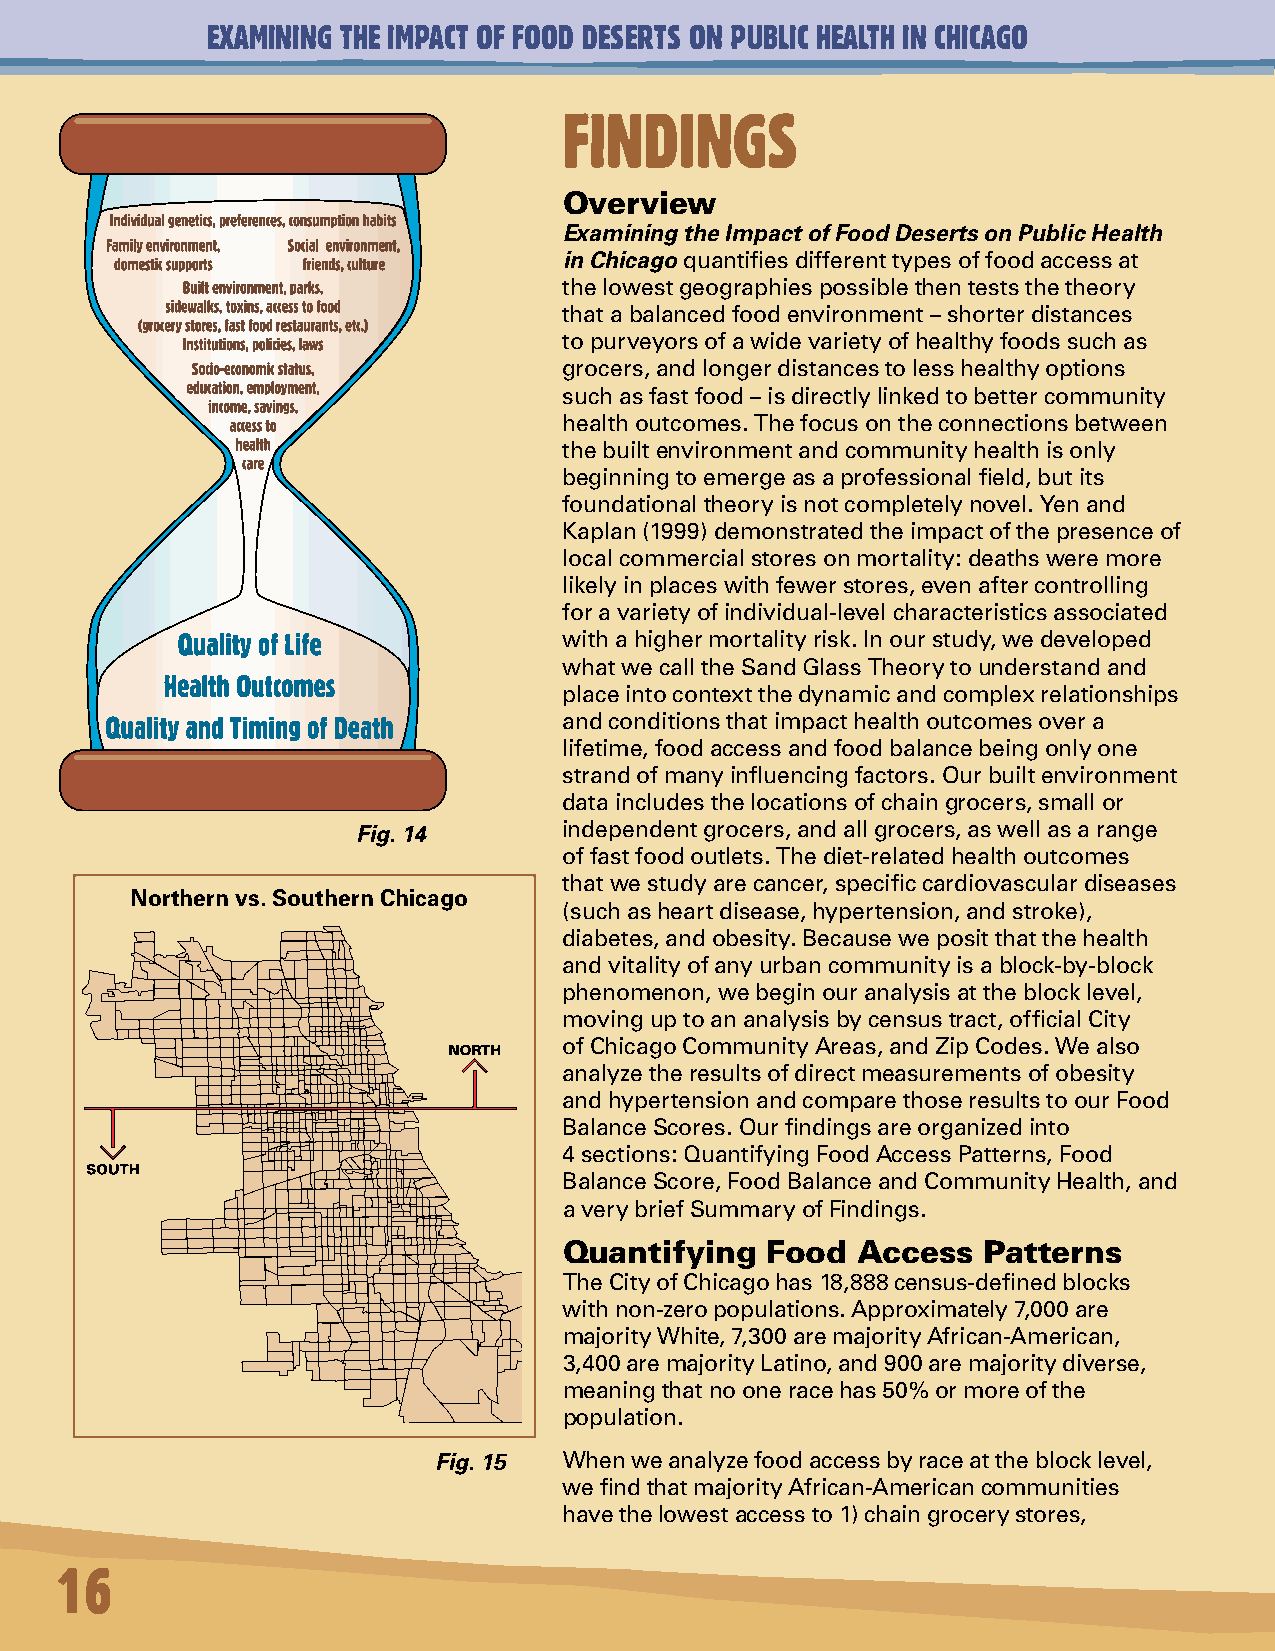
EXAMINING THE IMPACT OF FOOD DESERTS ON PUBLIC HEALTH IN CHICAGO
 FINDINGS
 Overview
 Examining the Impact of Food Deserts on Public Health
 in Chicago quantifies different types of food access at
 the lowest geographies possible then tests the theory
 that a balanced food environment – shorter distances
 to purveyors of a wide variety of healthy foods such as
 grocers, and longer distances to less healthy options
 such as fast food – is directly linked to better community
 health outcomes. The focus on the connections between
 the built environment and community health is only
 beginning to emerge as a professional field, but its
 foundational theory is not completely novel. Yen and
 Kaplan (1999) demonstrated the impact of the presence of
 local commercial stores on mortality: deaths were more
 likely in places with fewer stores, even after controlling
 for a variety of individual-level characteristics associated
 with a higher mortality risk. In our study, we developed
 what we call the Sand Glass Theory to understand and
 place into context the dynamic and complex relationships
 and conditions that impact health outcomes over a
 lifetime, food access and food balance being only one
 strand of many influencing factors. Our built environment
 data includes the locations of chain grocers, small or
 Fig. 14      independent grocers, and all grocers, as well as a range
 of fast food outlets. The diet-related health outcomes
 that we study are cancer, specific cardiovascular diseases
 Northern vs. Southern Chicago
 (such as heart disease, hypertension, and stroke),
 diabetes, and obesity. Because we posit that the health
 and vitality of any urban community is a block-by-block
 phenomenon, we begin our analysis at the block level,
 moving up to an analysis by census tract, official City
 of Chicago Community Areas, and Zip Codes. We also
 analyze the results of direct measurements of obesity
 and hypertension and compare those results to our Food
 Balance Scores. Our findings are organized into
 4 sections: Quantifying Food Access Patterns, Food
 Balance Score, Food Balance and Community Health, and
 a very brief Summary of Findings.
 Quantifying   Food  Access  Patterns
 The City of Chicago has 18,888 census-defined blocks
 with non-zero populations. Approximately 7,000 are
 majority White, 7,300 are majority African-American,
 3,400 are majority Latino, and 900 are majority diverse,
 meaning that no one race has 50% or more of the
 population.
 Fig. 15 When we analyze food access by race at the block level,
 we find that majority African-American communities
 have the lowest access to 1) chain grocery stores,
 16